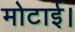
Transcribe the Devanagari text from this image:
मोटाई।